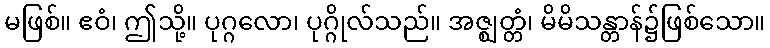
မဖြစ်။ ဧဝံ၊ ဤသို့။ ပုဂ္ဂလော၊ ပုဂ္ဂိုလ်သည်။ အဇ္ဈတ္တံ၊ မိမိသန္တာန်၌ဖြစ်သော။